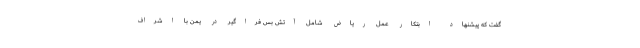
گفت که پیشنهاد ابتکار عمل ریاض شامل آتش بس فراگیر در یمن با اشراف